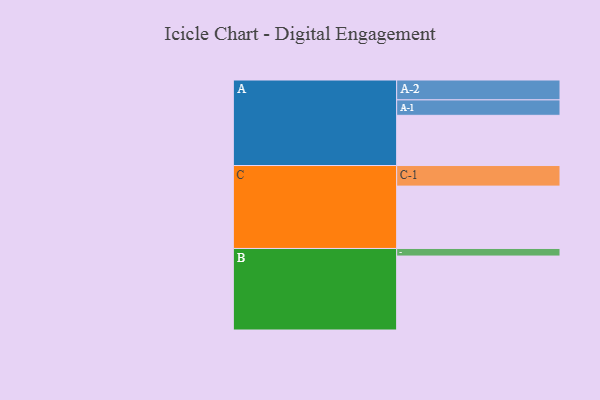
{"axis": {"x": "Segment", "y": "Value"}, "legend": ["", "A", "B", "C"], "data": [{"x": "A", "y": 351, "type": ""}, {"x": "B", "y": 517, "type": ""}, {"x": "C", "y": 436, "type": ""}, {"x": "A-1", "y": 108, "type": "A"}, {"x": "A-2", "y": 139, "type": "A"}, {"x": "B-1", "y": 53, "type": "B"}, {"x": "C-1", "y": 144, "type": "C"}]}